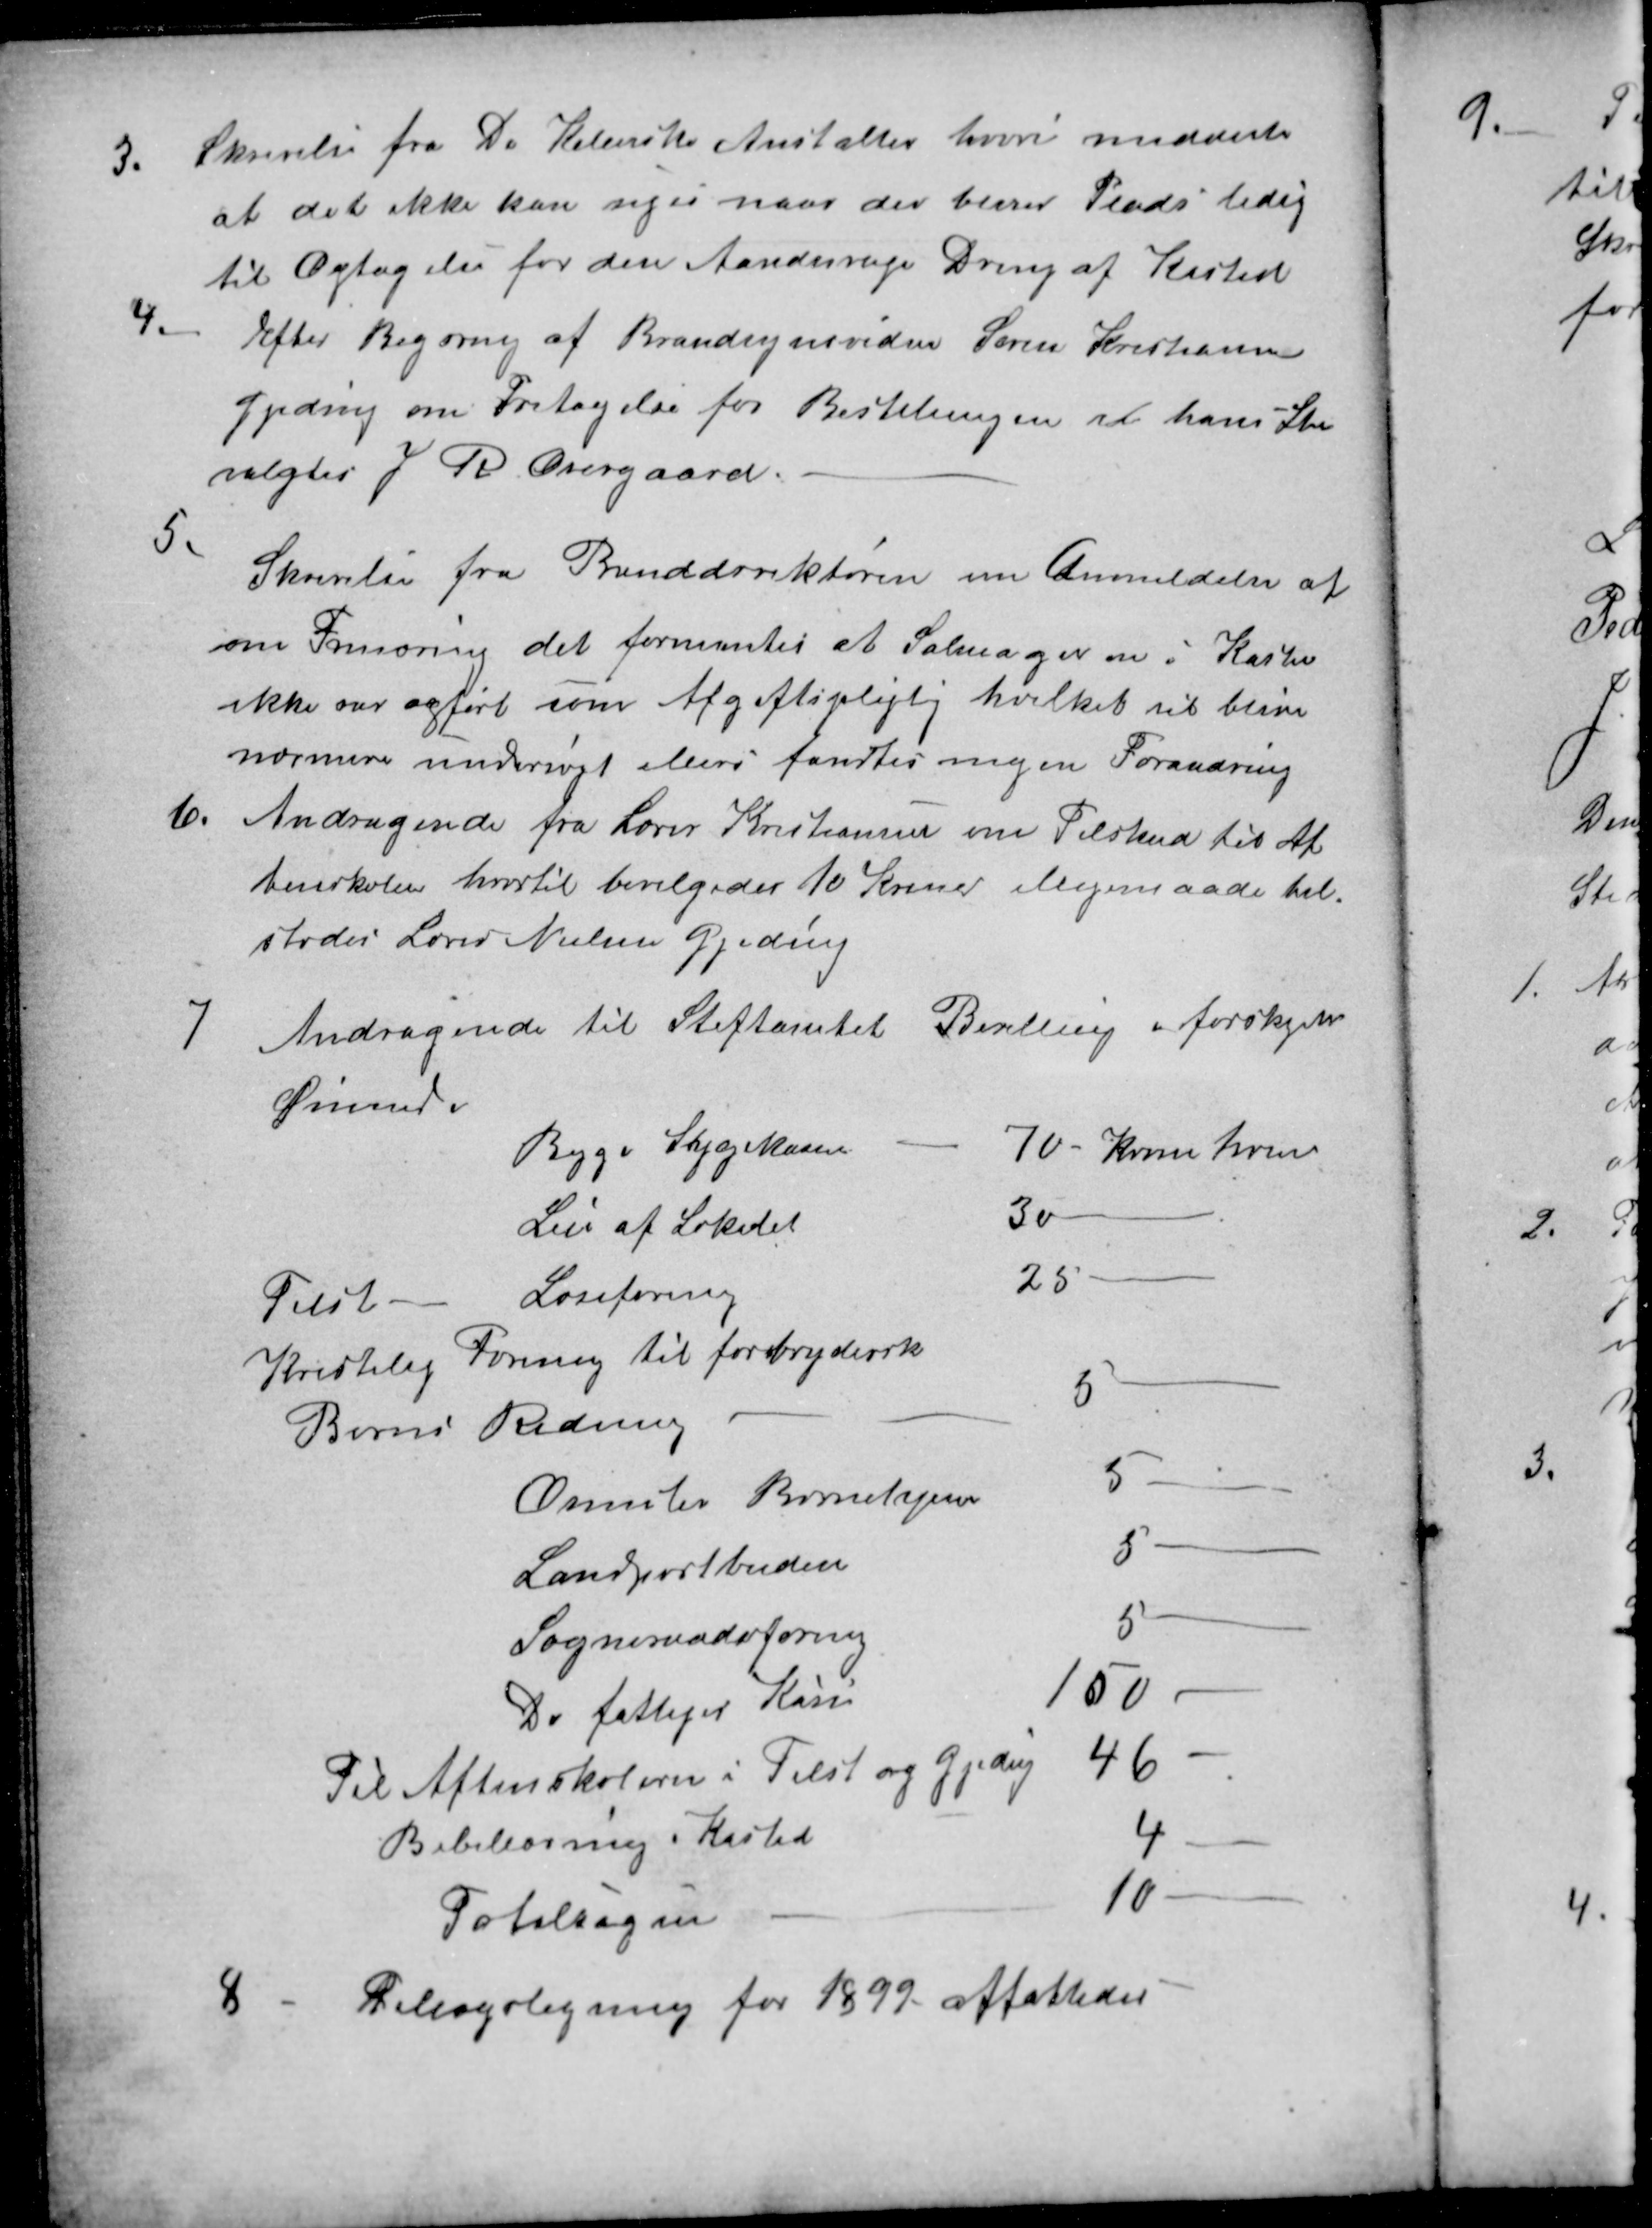
Transskription:
3.
Skrivelse fra De Kellerske Anstalter hvori meddeltes
at det ikke kan siges naar der bliver Plads ledig
til Optagelse for den Aandssvage Dreng af Kasted
4.
Efter Begæring af Brandsynsvidne Søren Kristiansen
Gjeding om Fritagelse for Bestillingen i hans Sted
valgtes J R Overgaard.
5.
Skrivelse fra Branddirektøren om Anmeldelse af
om Frinæring det formentes at Salmageren i Kasted
ikke var opført som Afgiftspligtig hvilket vil blive
nærmere undersøgt ellers fandtes igen Forandring
6.
Andragende fra Lærer Kristiansen om Tilskud til Af
tenskolen hvortil bevilgedes 10 Kroner iligemaade til-
stodes Lærer Nielsen Gjeding
7
Andragende til Stiftamtet Bevilling i forskellige
Øiemed.
Begge Sygekasser
70 - Kroner hver
Leie af Lokalet
30
Tilst Læseforening
25
Kristelig Forening til forbryderisk
Børns Redning
5
Omslev Børnehjem
5-
Landpostbudene
5
Sogneraadsforening
5
De fattiges Kasse
100
Til Aftenskolern i Tilst og Gjeding 46
Bibellæsning i Kasted
4
Totalsagen
10
8
Tillægsligning for 1899 affattedes